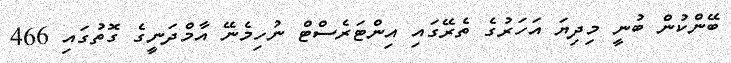
ބޭންކުން ބުނީ މިދިޔަ އަހަރުގެ ތެރޭގައި އިންޓަރެސްޓް ނުހިމެނޭ އާމްދަނީގެ ގޮތުގައި 466